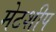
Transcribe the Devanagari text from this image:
मेटशीप